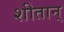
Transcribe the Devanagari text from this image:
शीतान्